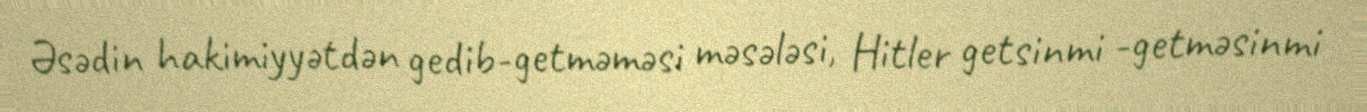
Əsədin hakimiyyətdən gedib-getməməsi məsələsi, Hitler getsinmi -getməsinmi